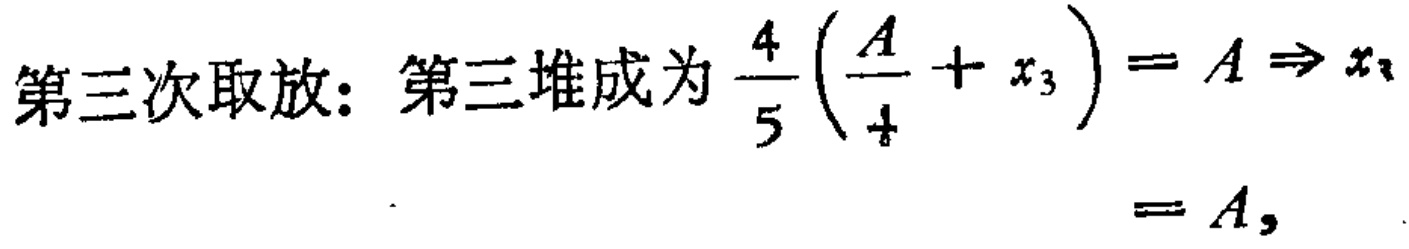
第三次取放：第三堆成为 \(\frac{4}{5}\left(\frac{A}{4}+x_{3}\right)=A\Rightarrow x_{3}=A\)